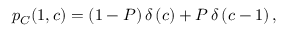
\begin{array} { r } { p _ { C } ( 1 , c ) = ( 1 - P ) \, \delta \left( c \right) + P \, \delta \left( c - 1 \right) , } \end{array}